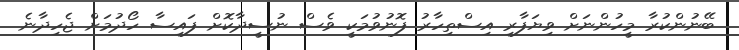
ބޭނުންކުރާ މީހުންނަށް ވިޔަފާރި އިސްތިހާރު ފޮނުވުމަކީ ވެސް ނުސީދާކޮށް ފައިސާ ހޯދުމަށް ޖެހިދާނެ